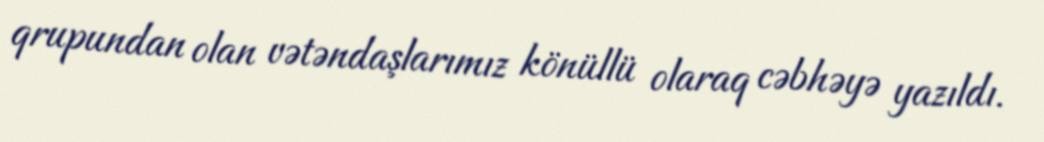
qrupundan olan vətəndaşlarımız könüllü olaraq cəbhəyə yazıldı.